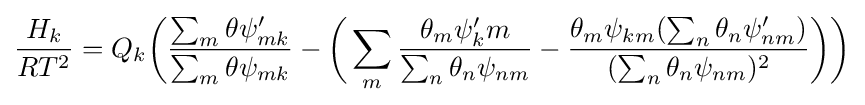
{H_{k} \over {RT^{2}}}=Q_{k}{\biggl (}{\sum _{m}{\theta \psi '_{mk}} \over {\sum _{m}{\theta \psi _{mk}}}}-{\biggl (}\sum _{m}{{\theta _{m}\psi '_{k}m} \over {\sum _{n}\theta _{n}\psi _{nm}}}-{\theta _{m}\psi _{km}(\sum _{n}\theta _{n}\psi '_{nm}) \over {(\sum _{n}\theta _{n}\psi _{nm})^{2}}}{\biggr )}{\biggr )}